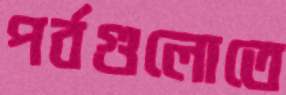
পর্বগুলোতে